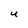
Character: U